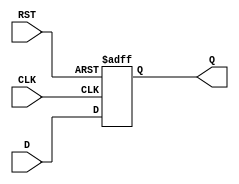
module StoreRegister (
    input wire D,        // Data Input
    input wire CLK,      // Clock signal
    input wire RST,      // Asynchronous Reset
    output reg Q         // Data Output
);

// Always block for handling the reset and the clock edge
always @(posedge CLK or posedge RST) begin
    if (RST) begin
        Q <= 1'b0;      // Clear the output if reset is asserted
    end else begin
        Q <= D;         // Capture the input data on the clock edge
    end
end

endmodule